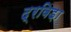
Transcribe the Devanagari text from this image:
द्रविड़ा